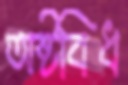
অষ্টবিধ